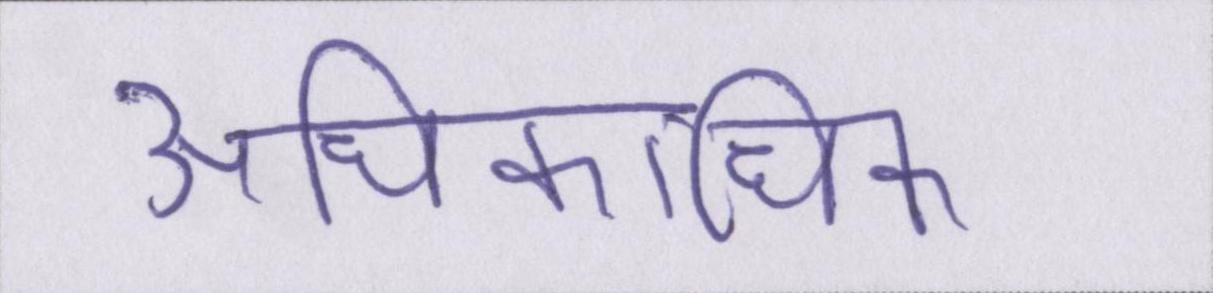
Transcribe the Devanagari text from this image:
अधिकाधिक